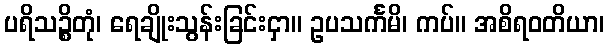
ပရိသဉ္စိတုံ၊ ရေချိုးသွန်းခြင်းငှာ။ ဥပသင်္ကမိ၊ ကပ်။ အစိရဝတိယာ၊